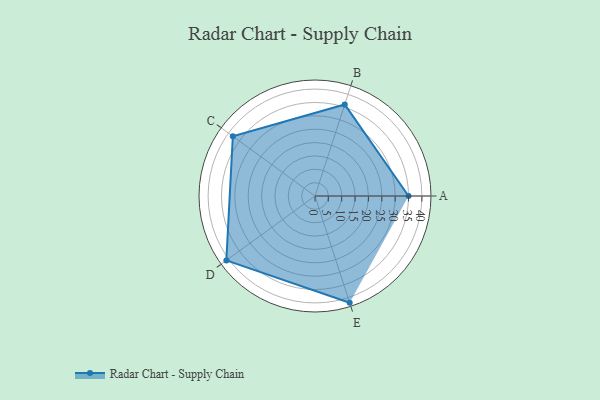
{"axis": {"x": "Skill", "y": "Score"}, "legend": ["Profile"], "data": [{"x": "A", "y": 35.0, "type": "Profile"}, {"x": "B", "y": 36.0, "type": "Profile"}, {"x": "C", "y": 38.0, "type": "Profile"}, {"x": "D", "y": 41.0, "type": "Profile"}, {"x": "E", "y": 42.0, "type": "Profile"}]}